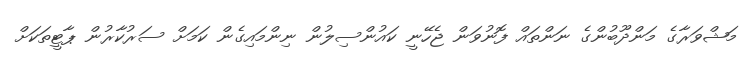
މަޝްވަރާގެ މަންދޫބުންގެ ނަންތައް ފޮނުވަން ޖެހޭނީ ކައުންސިލުން ނިންމައިގެން ކަމަށް ސަރުކާރުން ޕާޓީތަކަށް